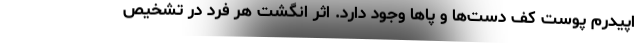
اپیدرم پوست کف دست‌ها و پا‌ها وجود دارد. اثر انگشت هر فرد در تشخیص